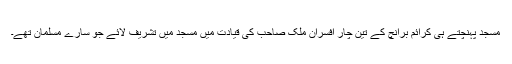
مسجد پہنچتے ہی کرائم برانچ کے تین چار افسران ملک صاحب کی قیادت میں مسجد میں تشریف لائے جو سارے مسلمان تھے۔